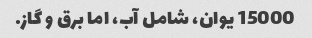
15000 یوان، شامل آب، اما برق و گاز.